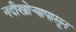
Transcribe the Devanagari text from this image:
नदीखोर्‍यापासून